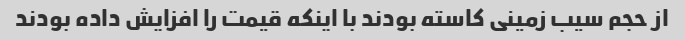
از حجم سیب زمینی کاسته بودند با اینکه قیمت را افزایش داده بودند